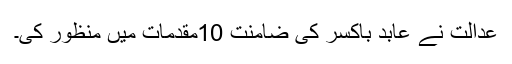
عدالت نے عابد باکسر کی ضامنت 10مقدمات میں منظور کی۔